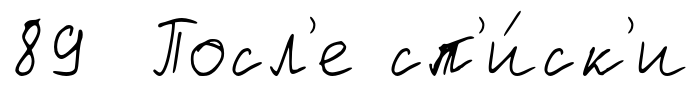
89 Посл'е сп'и́ск'и